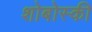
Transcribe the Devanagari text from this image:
शोबोस्की